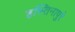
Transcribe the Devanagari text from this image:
हस्तिनापुरे